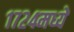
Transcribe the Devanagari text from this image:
१७२४मध्ये